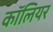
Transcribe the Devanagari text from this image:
कॉलियर